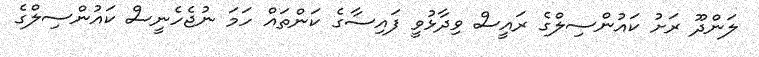
ލަންދޫ ރަށު ކައުންސިލްގެ ރައީސް ވިދާޅުވީ ފައިސާގެ ކަންތައް ހަމަ ނުޖެހެނީސް ކައުންސިލްގެ